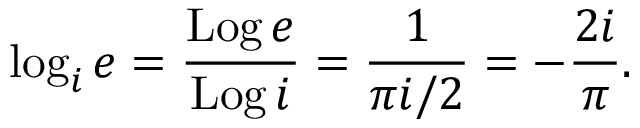
\log _ { i } e = { \frac { \operatorname { L o g } e } { \operatorname { L o g } i } } = { \frac { 1 } { \pi i / 2 } } = - { \frac { 2 i } { \pi } } .